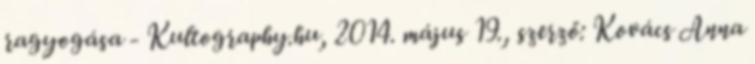
ragyogása - Kultography.hu, 2014. május 19., szerző: Kovács Anna